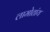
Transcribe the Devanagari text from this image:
लामोतांय